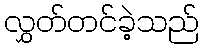
လွှတ်တင်ခဲ့သည်